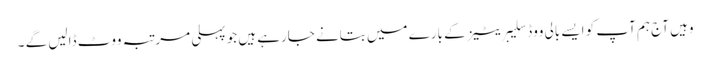
وہیں آج ہم آپ کو ایسے بالی ووڈ سلیبریٹیز کے بارے میں بتانے جارہے ہیں جو پہلی مرتبہ ووٹ ڈالیں گے ۔